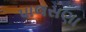
પાલસણા